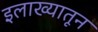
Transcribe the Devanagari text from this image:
इलाख्यातून